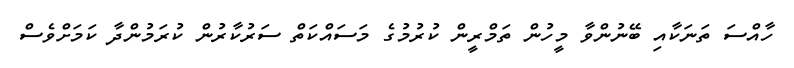
ހާއްސަ ތަނަކާއި ބޭނުންވާ މީހުން ތަމްރީން ކުރުމުގެ މަސައްކަތް ސަރުކާރުން ކުރަމުންދާ ކަމަށްވެސް